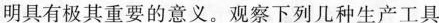
明具有极其重要的意义。观察下列几种生产工具